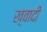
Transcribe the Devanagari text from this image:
ख़्वादी